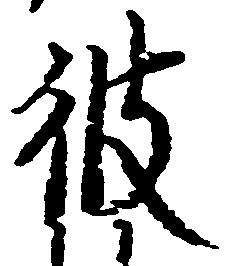
彼